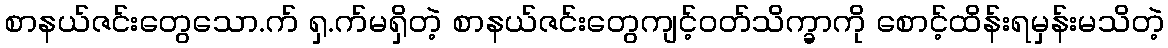
စာနယ်ဇင်းတွေသော.က် ရှ.က်မရှိတဲ့ စာနယ်ဇင်းတွေကျင့်ဝတ်သိက္ခာကို စောင့်ထိန်းရမှန်းမသိတဲ့